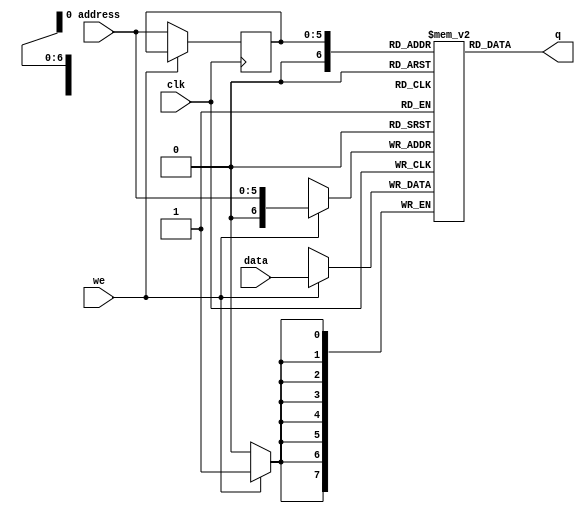
`timescale 1ns / 1ps

module single_port_ram
    #(parameter addr_width = 6,
      parameter data_width = 8,
      parameter depth = 128)
     
     (input [data_width-1:0] data,  
      input [addr_width-1:0] address,  
      input we,clk,                 
      output [data_width-1:0] q);

reg [data_width-1:0] ram [depth-1:0];

reg [addr_width-1:0] addr_reg;

always @(posedge clk)
    begin
        if(we)
           ram[address] <=data; 
        else
           addr_reg <=address;
    end
    
assign q= ram[addr_reg];

endmodule